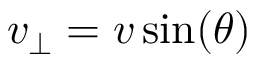
v _ { \perp } = v \sin ( \theta )